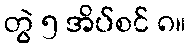
တွဲ ၅ အိပ်စင် ၈။